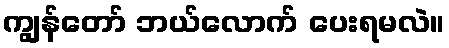
ကျွန်တော် ဘယ်လောက် ပေးရမလဲ။